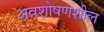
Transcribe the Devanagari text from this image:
अवशोषणशील